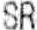
SR